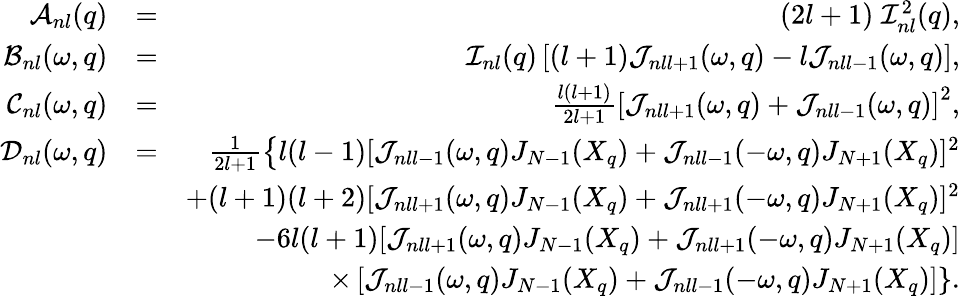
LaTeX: \begin{array}{rlr}{{\cal A}_{nl}(q)}&{=}&{(2l+1)\; {\cal I}_{nl}^{2}(q),}\\ {{\cal B}_{nl}(\omega,q)}&{=}&{{\cal I}_{nl}(q)\left[(l+1){\cal J}_{nll+1}(\omega,q)-l{\cal J}_{nll-1}(\omega,q)\right],}\\ {{\cal C}_{nl}(\omega,q)}&{=}&{\frac{l(l+1)}{2l+1}\left[{\cal J}_{nll+1}(\omega,q)+{\cal J}_{nll-1}(\omega,q)\right]^{2},}\\ {{\cal D}_{nl}(\omega,q)}&{=}&{\frac{1}{2l+1}\left\{ {l(l-1)}[{\cal J}_{nll-1}(\omega,q)J_{N-1}(X_{q})+{\cal J}_{nll-1}(-\omega,q)J_{N+1}(X_{q})]^{2}\right.}\\ &{}&{+(l+1)(l+2)[{\cal J}_{nll+1}(\omega,q)J_{N-1}(X_{q})+{\cal J}_{nll+1}(-\omega,q)J_{N+1}(X_{q})]^{2}}\\ &{}&{-{6l(l+1)}[{\cal J}_{nll+1}(\omega,q)J_{N-1}(X_{q})+{\cal J}_{nll+1}(-\omega,q)J_{N+1}(X_{q})]}\\ &{}&{\times\left.[{\cal J}_{nll-1}(\omega,q)J_{N-1}(X_{q})+{\cal J}_{nll-1}(-\omega,q)J_{N+1}(X_{q})]\right\} .}\end{array}